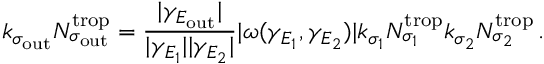
k _ { \sigma _ { \mathrm { o u t } } } N _ { \sigma _ { \mathrm { o u t } } } ^ { \mathrm { t r o p } } = \frac { | \gamma _ { E _ { \mathrm { o u t } } } | } { | \gamma _ { E _ { 1 } } | | \gamma _ { E _ { 2 } } | } | \omega ( \gamma _ { E _ { 1 } } , \gamma _ { E _ { 2 } } ) | k _ { \sigma _ { 1 } } N _ { \sigma _ { 1 } } ^ { \mathrm { t r o p } } k _ { \sigma _ { 2 } } N _ { \sigma _ { 2 } } ^ { \mathrm { t r o p } } \, .